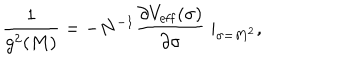
LaTeX: { \frac { 1 } { g ^ { 2 } ( M ) } } = - N ^ { - 1 } { \frac { \partial V _ { \mathrm { e f f } } ( \sigma ) } { \partial \sigma } } \mid _ { \sigma = M ^ { 2 } } ,